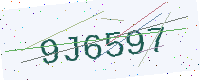
Text: 9J6597